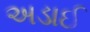
અડાઈ